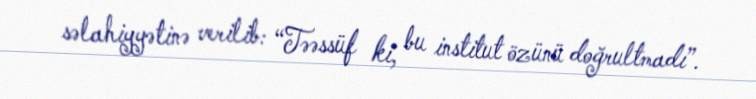
səlahiyyətinə verilib: “Təəssüf ki, bu institut özünü doğrultmadı”.